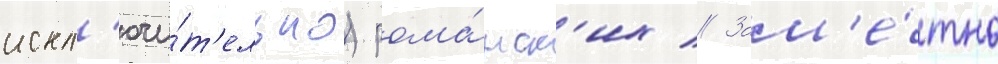
искл'ючи́т'ельно) рома́нск'их // Зам'е́тно